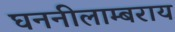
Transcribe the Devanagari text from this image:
घननीलाम्बराय